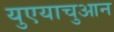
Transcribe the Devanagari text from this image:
युएयाचुआन